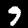
Label: 9